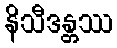
နိသီဒန္တဿ